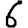
Digit: 6